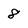
Character: 8